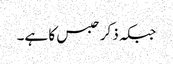
جبکہ ذکر حبس کا ہے۔